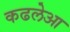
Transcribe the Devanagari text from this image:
कढलेआ